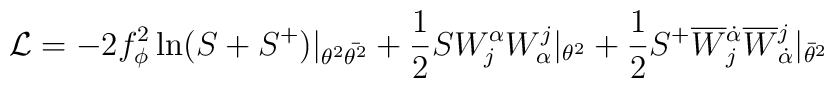
{\cal L}=-2f_\phi^2 \ln(S+S^+)|_{\theta^2\bar{\theta^2}}+\frac{1}{2}SW^\alpha_j W_\alpha^j|_{\theta^2}+\frac{1}{2}S^+\overline{W}{}^{\dot{\alpha}}_j \overline{W}{}_{\dot{\alpha}}^j|_{\bar{\theta}^2}